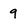
Character: 9